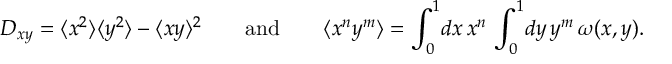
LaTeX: D _ { x y } = \langle x ^ { 2 } \rangle \langle y ^ { 2 } \rangle - \langle x y \rangle ^ { 2 } \qquad \mathrm { a n d } \qquad \langle x ^ { n } y ^ { m } \rangle = \int _ { 0 } ^ { 1 } \! d x \, x ^ { n } \, \int _ { 0 } ^ { 1 } \! d y \, y ^ { m } \, \omega ( x , y ) .